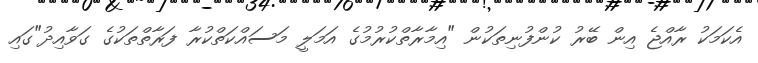
އެކަމަކު ރާއްޖެ އިން ބޭރު ކުންފުނިތަކުން "އިމާރާތްކުރުމުގެ އަމަލީ މަސައްކަތްކުރާ ފަރާތްތަކުގެ ގަވާއިދު"ގައި